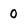
Character: 0